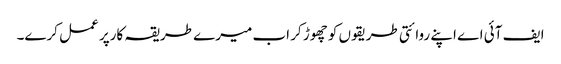
ایف آئی اے اپنے روائتی طریقوں کو چھوڑ کر اب میرے طریقہ کارپر عمل کرے۔